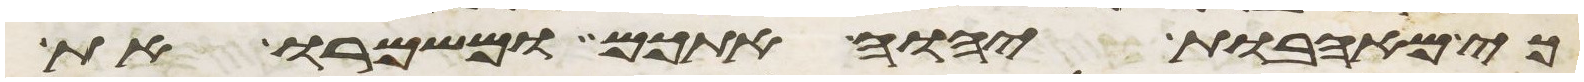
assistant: כי מאהבת יהוה אתכם ומשמרו את